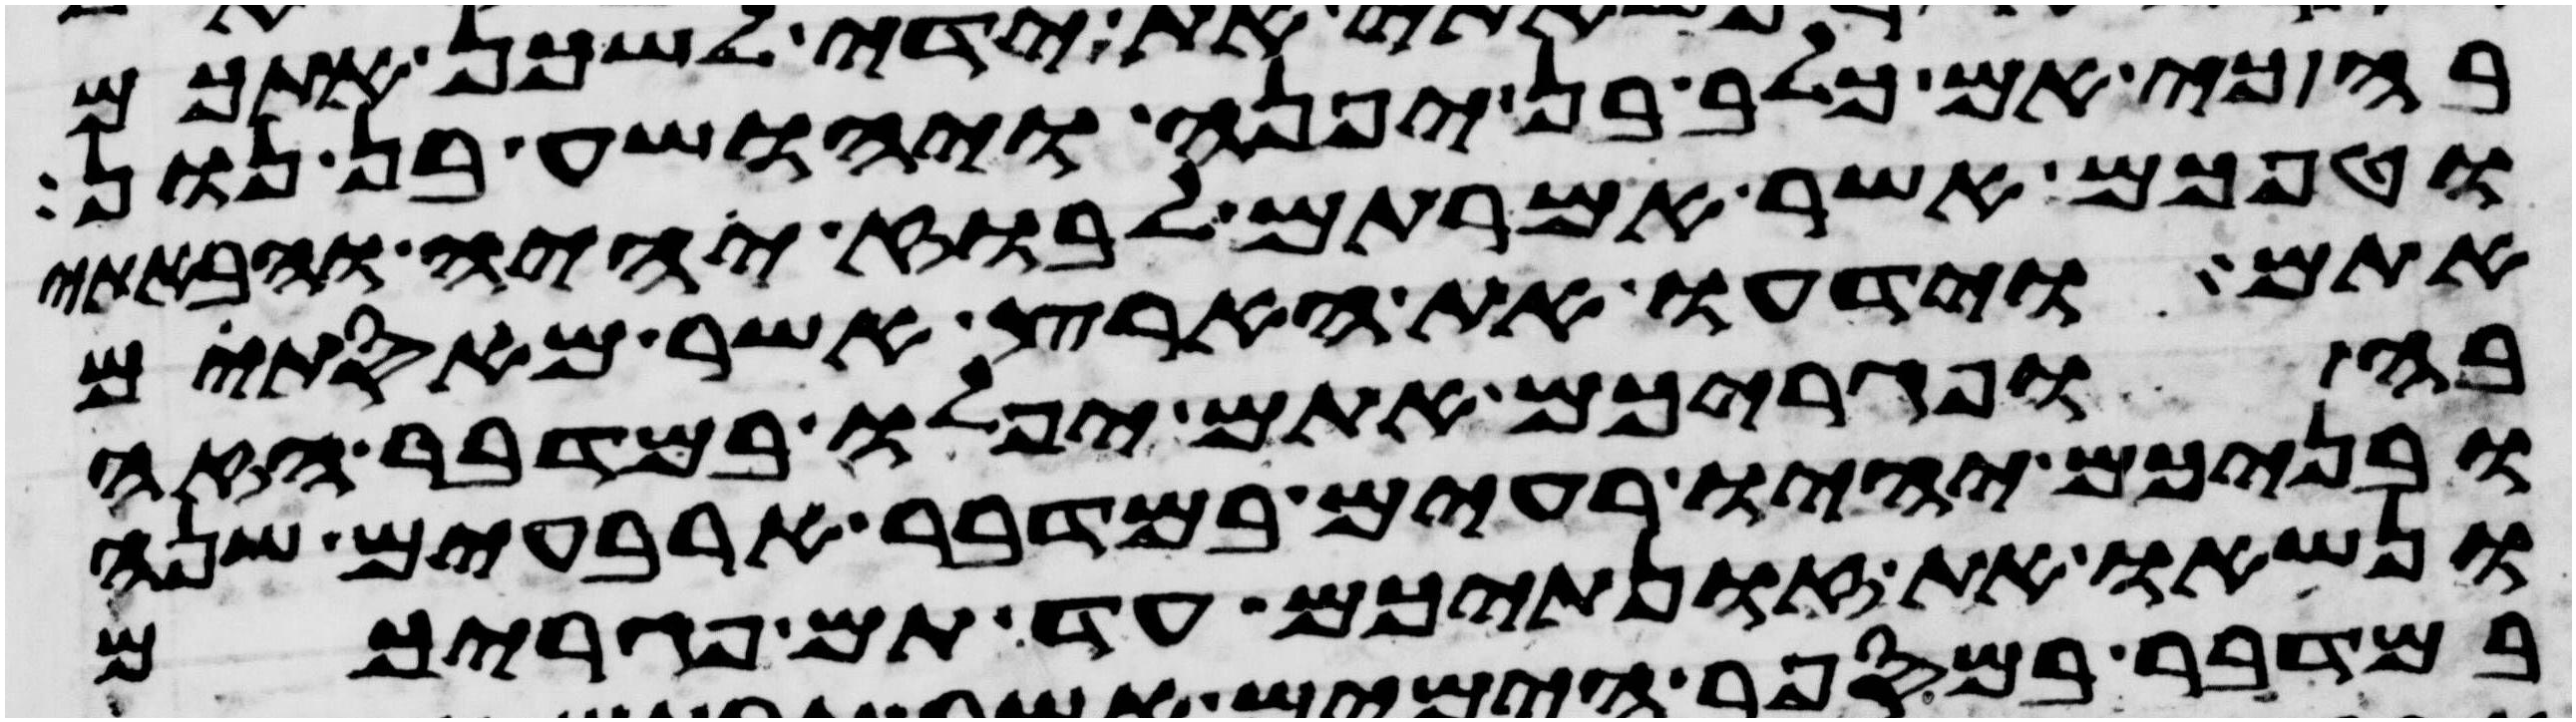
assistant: בה כי אם כלב בן יפנה ויהושע בן נון
וטפכם אשר אמרתם לבוז יהיה והבאתי
אתם וידעו את הארץ אשר מאסתם
בה ופגריכם אתם יפלו במדבר הזה
ובניכם יהיו רעים במדבר ארבעים שנה
ונשאו את זונתיכם עד תם פגריכם